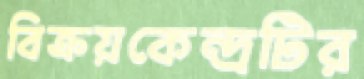
বিক্রয়কেন্দ্রটির